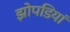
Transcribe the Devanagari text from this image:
झोपडियां